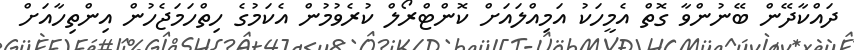
ދައްކާދޭން ބޭނުންވާ ގޮތް އެމީހަކު އަމިއްލައަށް ކޮންޓްރޯލް ކުރެވުމުން އެކަމުގެ ހިތްހަމަޖެހުން އިންތިހާއަށް